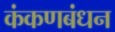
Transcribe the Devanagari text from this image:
कंकणबंधन